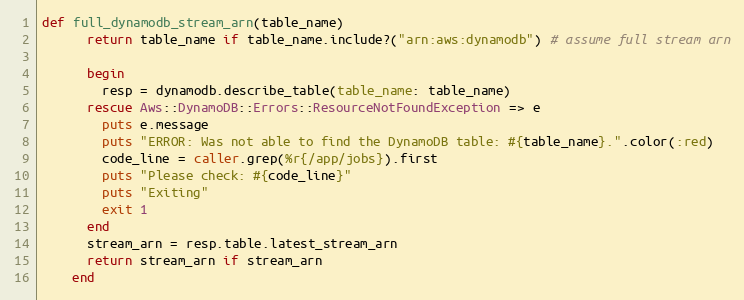
Language: Ruby
def full_dynamodb_stream_arn(table_name)
      return table_name if table_name.include?("arn:aws:dynamodb") # assume full stream arn

      begin
        resp = dynamodb.describe_table(table_name: table_name)
      rescue Aws::DynamoDB::Errors::ResourceNotFoundException => e
        puts e.message
        puts "ERROR: Was not able to find the DynamoDB table: #{table_name}.".color(:red)
        code_line = caller.grep(%r{/app/jobs}).first
        puts "Please check: #{code_line}"
        puts "Exiting"
        exit 1
      end
      stream_arn = resp.table.latest_stream_arn
      return stream_arn if stream_arn
    end